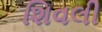
શિવલી